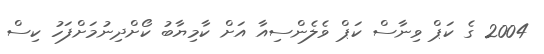
2004 ގެ ކަޕް ވިނާސް ކަޕް ވެލެންސިއާ އަށް ކާމިޔާބު ކޯށްދިނުމަށްފަހު ކިސް